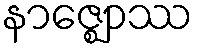
နာဇ္ဈောဿ